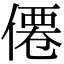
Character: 僊